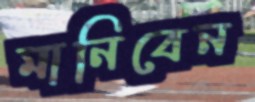
মানিবেন